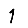
Digit: 1